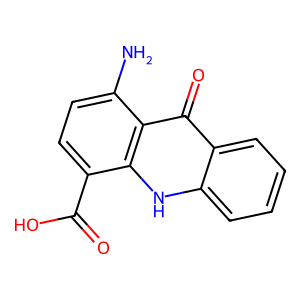
SMILES: Nc1ccc(C(=O)O)c2[nH]c3ccccc3c(=O)c12
Inhibits HIV replication: No